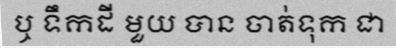
ឬ ទឹកដី មួយ បាន ចាត់ទុក ជា